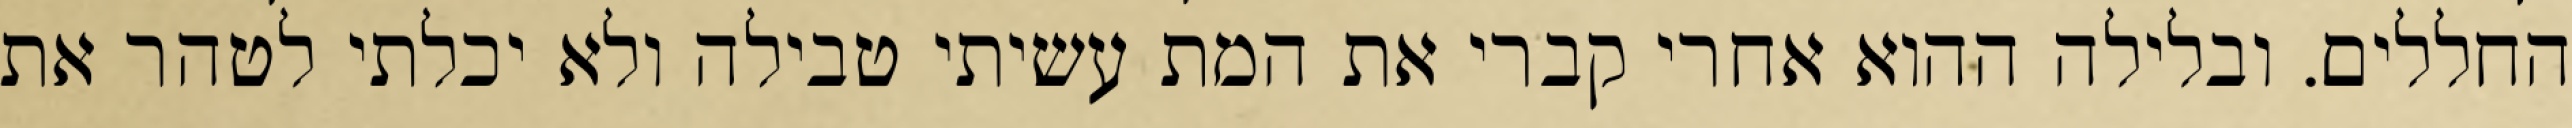
החללים. ובלילה ההוא אחרי קברי את המת עשיתי טבילה ולא יכלתי לטהר את